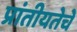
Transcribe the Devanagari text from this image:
प्रांतीयतेचे